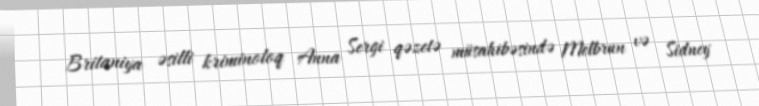
Britaniya əsilli kriminoloq Anna Sergi qəzetə müsahibəsində Melbrun və Sidney